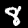
Digit: 8